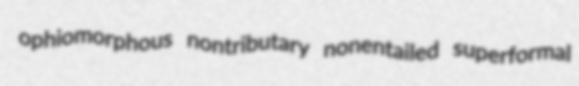
ophiomorphous nontributary nonentailed superformal